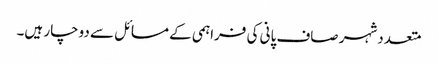
متعددشہر صاف پانی کی فراہمی کے مسائل سے دوچار ہیں۔